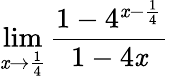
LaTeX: \lim\limits_{\mathit{x}\rightarrow\frac{{1}}{{4}}}\frac{{1-4^{\mathit{x}-\frac{{1}}{{4}}}}}{{1-4\mathit{x}}}